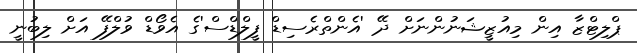
ޕްލިޓްޒާ އިން މިއުޒީޝަނުންނަށް ދޭ 'އެންތްރެސިޑް ފީލްޑްސް'ގެ އެވޯޑް ވުލްފޭ އަށް ލިބުނީ